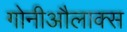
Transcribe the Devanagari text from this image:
गोनीऔलाक्स